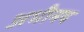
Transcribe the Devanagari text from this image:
अभीनय